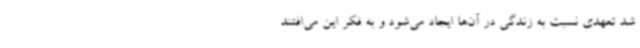
شد تعهدی نسبت به زندگی در آن‌ها ایجاد می‌شود و به فکر این می‌افتند